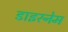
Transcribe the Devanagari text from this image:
डाइरनेम